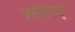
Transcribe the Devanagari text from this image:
असंतोषातून